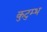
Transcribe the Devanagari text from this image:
कुटुम्भ